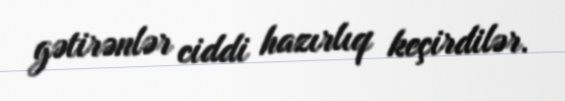
gətirənlər ciddi hazırlıq keçirdilər.